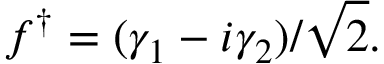
f ^ { \dagger } = ( \gamma _ { 1 } - i \gamma _ { 2 } ) / { \sqrt { 2 } } .